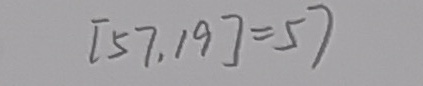
[ 5 7 , 1 9 ] = 5 7